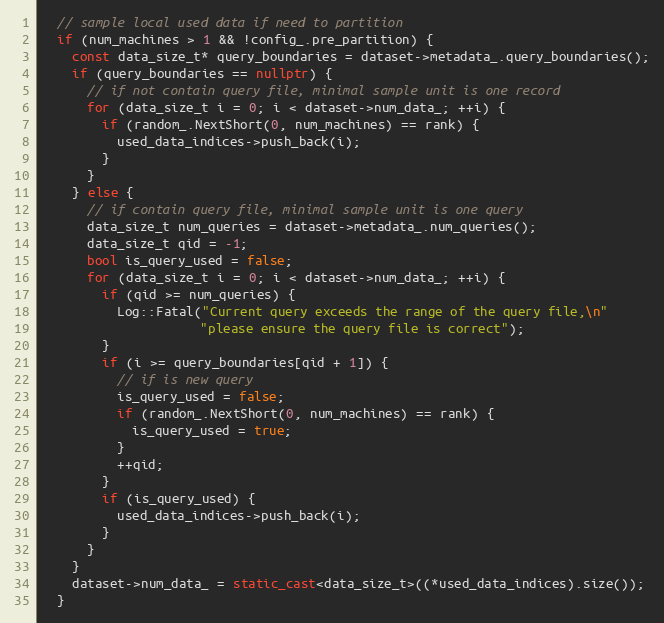
Language: C++
  // sample local used data if need to partition
  if (num_machines > 1 && !config_.pre_partition) {
    const data_size_t* query_boundaries = dataset->metadata_.query_boundaries();
    if (query_boundaries == nullptr) {
      // if not contain query file, minimal sample unit is one record
      for (data_size_t i = 0; i < dataset->num_data_; ++i) {
        if (random_.NextShort(0, num_machines) == rank) {
          used_data_indices->push_back(i);
        }
      }
    } else {
      // if contain query file, minimal sample unit is one query
      data_size_t num_queries = dataset->metadata_.num_queries();
      data_size_t qid = -1;
      bool is_query_used = false;
      for (data_size_t i = 0; i < dataset->num_data_; ++i) {
        if (qid >= num_queries) {
          Log::Fatal("Current query exceeds the range of the query file,\n"
                     "please ensure the query file is correct");
        }
        if (i >= query_boundaries[qid + 1]) {
          // if is new query
          is_query_used = false;
          if (random_.NextShort(0, num_machines) == rank) {
            is_query_used = true;
          }
          ++qid;
        }
        if (is_query_used) {
          used_data_indices->push_back(i);
        }
      }
    }
    dataset->num_data_ = static_cast<data_size_t>((*used_data_indices).size());
  }